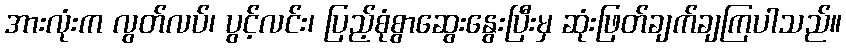
အားလုံးက လွတ်လပ်၊ ပွင့်လင်း၊ ပြည့်စုံစွာဆွေးနွေးပြီးမှ ဆုံးဖြတ်ချက်ချကြပါသည်။